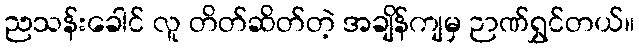
ညသန်းခေါင် လူ တိတ်ဆိတ်တဲ့ အချိန်ကျမှ ဉာဏ်ရွှင်တယ်။